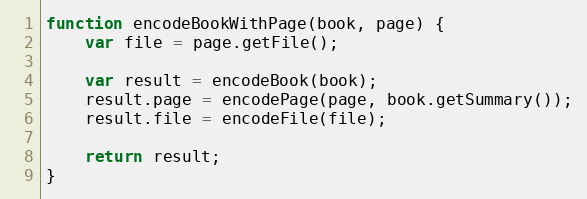
Language: JavaScript
function encodeBookWithPage(book, page) {
    var file = page.getFile();

    var result = encodeBook(book);
    result.page = encodePage(page, book.getSummary());
    result.file = encodeFile(file);

    return result;
}